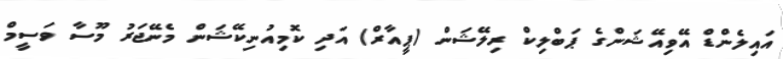
އައިލެންޑް އޭވިއޭޝަންގެ ޕަބްލިކް ރިލޭޝަން (ޕީއާރް) އަދި ކޮމިއުނިކޭޝަން މެނޭޖަރު މޫސާ ވަސީމް